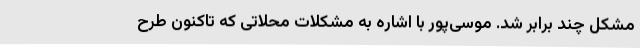
مشکل چند برابر شد. موسی‌پور با اشاره به مشکلات محلاتی که تاکنون طرح